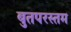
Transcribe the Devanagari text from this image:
बुतपरस्तम